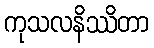
ကုသလနိဿိတာ